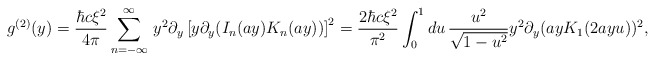
\begin{align*}g^{(2)}(y)=\frac{\hbar c \xi^2 }{4\pi }\sum_{n=-\infty}^{\infty }\,y^2 \partial_y\left[ y{{\partial }_y}(I_n(a y)K_n(a y)) \right]^2=\frac{2 \hbar c \xi^2 }{\pi^2}\int _{0}^{1} du\, \frac{u^2}{\sqrt{1-u^2}} y^2{{\partial }_y}(a y K_1(2a y u))^2 ,\end{align*}